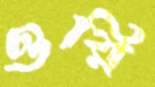
ওরি